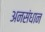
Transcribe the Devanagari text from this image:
अनसंधान